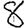
Digit: 8